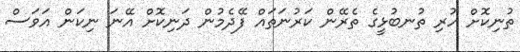
ތުނިކޮށް ހުރި ތުނބުޅީގެ ތެރޭން ކަރުނަތައް ފޭދެމުން ދަނިކޮށް އޭނަ ނިކަން އަވަސް